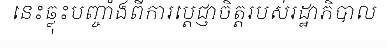
នេះឆ្លុះបញ្ចាំងពីការប្តេជ្ញាចិត្តរបស់រដ្ឋាភិបាល